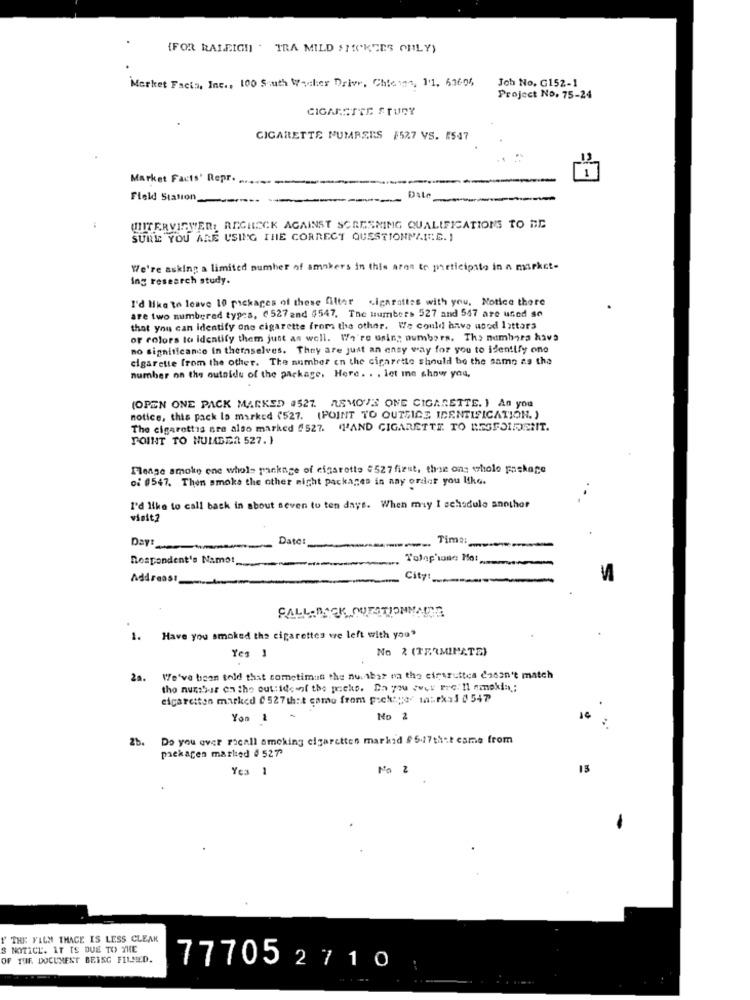
{FOR RALEIGH . TRA MILD SMOKERS CHLY)
Market Facts, Inc ., 100 South Washer Driver, Chieses, 11, 616-04
Joh No. G152-1
Project No. 75-24
CIGARETTE STUDY
CIGARETTE NUMBERS $527 VS. 1547
Market Facts' Repr.
Field Station,
UTITERVIEWER, RECHECK AGAINST SCREENING QUALIFICATIONS TO ME
SURE YOU ARE USING THE CORRECT QUESTIONPANE. 1
We're asking a limited number of smokers in this area to participate in a market-
ing research study.
I'd like to leave 10 packages of these filter
sigaraites with you, Notice there
are two numbered types, ( 527 and 4547. The numbers 527 and 547 are used se
that you can identify one cigarette from the other. We could have used 1attars
of colors to Identify them just as well. We're usin; numbers. The numbers hava
no significance in thefaselves. They are just an ensy way for you to identify one
cigarette from the other. The number on the cigarette should be the same as the
number on the outside of the package. Here. . . let ine show you,
(OPEN ONE PACK MARKED #527. REMOVE ONE CIGARETTE. ) An you
notice, this pack Is marked (527. (POINT TO OUTSICE IDENTIFICATION. )
The cigarettis are also marked $527. L'AND CIGARETTE TO BESFOLDENIT.
POINT TO NUMBER 527. 1
Please smoke ene whole package of cigarette #527 first, thon ons whole package
oi 0547. Then smoke the other night packages in nay ordet you like.
I'd like to call back in about seven to ten days. When may I schedule another
visit?
Date:
Time:
Day :_
Talep'ione Hot ....
Respondent's Name:
Address!
City!
S
FALL BACK QUESTIONNAIRE
1.
Have you smoked the cigarettes we left with you"
No 2 (TERMINATE)
Yes 1
20.
We've been told that cometimus the nuribas on the cirsruttea dadon't match
tho nusshar on the outsideof the pricks. Da you ever Fre:Il nanokia;
cigaretten marked 0 527that came from pock:per 1alex>3 4 547
Yon &
No 2
26.
Do you ever rocall smoking cigaretten marked # 547that came from
packagen marked # 527'
Yes 1
No 2
13
THE FILM THACE IS LESS CLEAK
S NOTICE. IT IS DUE TO THE
OF THE. DOCUMENT BEING FILLED.
77705 2710